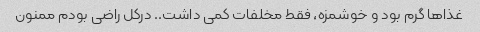
غذا‌ها گرم بود و خوشمزه، فقط مخلفات کمی داشت.. درکل راضی‌ بودم ممنون